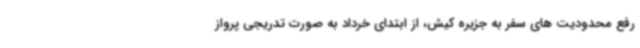
رفع محدودیت های سفر به جزیره کیش، از ابتدای خرداد به صورت تدریجی پرواز